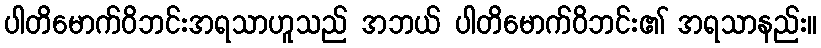
ပါတိမောက်ဝိဘင်းအရသာဟူသည် အဘယ် ပါတိမောက်ဝိဘင်း၏ အရသာနည်း။